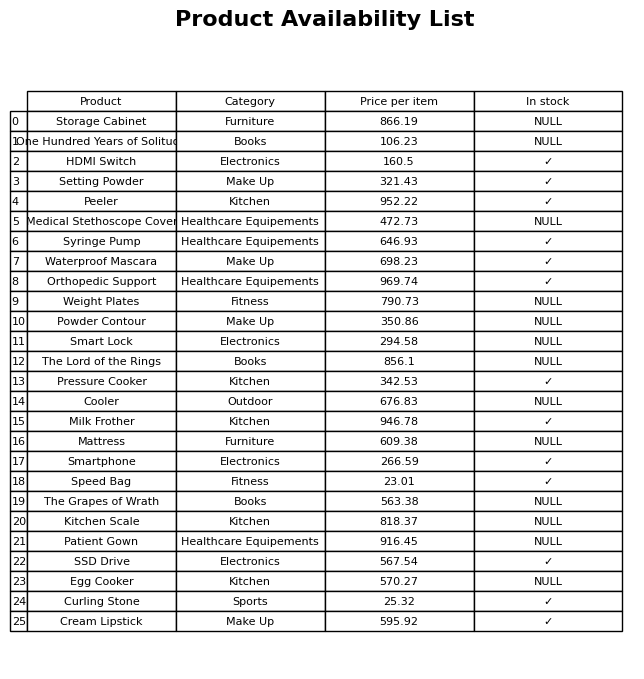
question: What is the stock status of the HDMI Switch?
answer: ✓